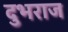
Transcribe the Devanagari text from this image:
दुभराज